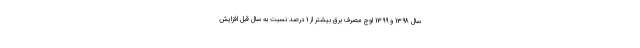
سال 1398 و 1399 اوج مصرف برق بیشتر از 1 درصد نسبت به سال قبل افزایش